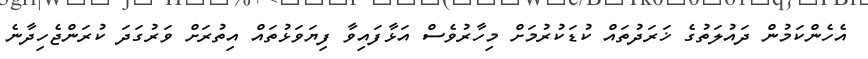
އެހެންކަމުން ދައުލަތުގެ ޚަރަދުތައް ކުޑަކުރުމަށް މިހާރުވެސް އަޅާފައިވާ ފިޔަވަޅުތައް އިތުރަށް ވަރުގަދަ ކުރަންޖެހިދާނެ